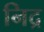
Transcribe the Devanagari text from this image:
निद्र